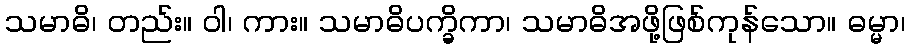
သမာဓိ၊ တည်း။ ဝါ၊ ကား။ သမာဓိပက္ခိကာ၊ သမာဓိအဖို့ဖြစ်ကုန်သော။ ဓမ္မာ၊